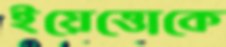
ইয়েত্তোকে